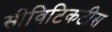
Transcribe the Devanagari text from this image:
सीविटिकटीस